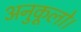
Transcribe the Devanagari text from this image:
अनुकूलो।